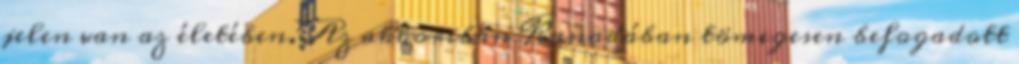
jelen van az életében. Az akkoriban Kanadában tömegesen befogadott